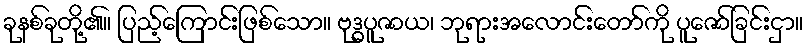
ခုနစ်ခုတို့၏။ ပြည့်ကြောင်းဖြစ်သော။ ဗုဒ္ဓပူဇာယ၊ ဘုရားအလောင်းတော်ကို ပူဇော်ခြင်းငှာ။